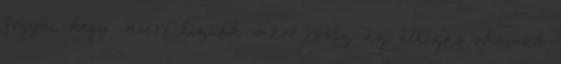
fogyni, hogy miért hízunk mert rossz az elhízás okainak